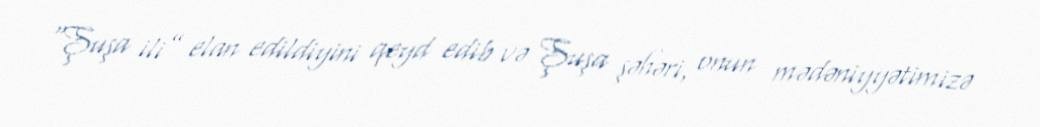
“Şuşa ili” elan edildiyini qeyd edib və Şuşa şəhəri, onun mədəniyyətimizə